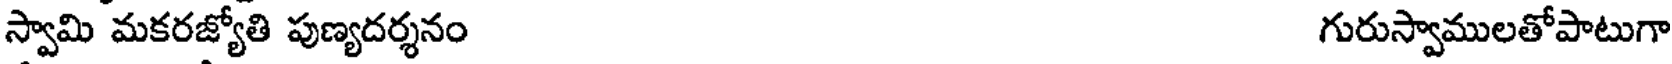
స్వామి మకరజ్యోతి పుణ్యదర్శనం గురుస్వాములతోపాటుగా